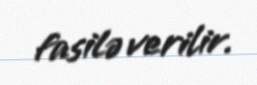
fasilə verilir.